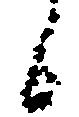
候